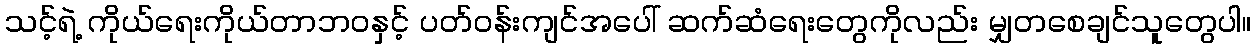
သင့်ရဲ့ ကိုယ်ရေးကိုယ်တာဘဝနှင့် ပတ်ဝန်းကျင်အပေါ် ဆက်ဆံရေးတွေကိုလည်း မျှတစေချင်သူတွေပါ။